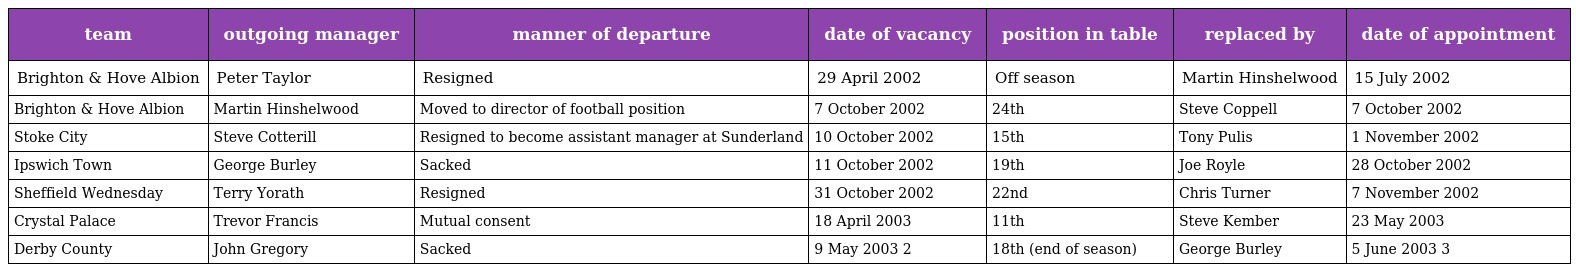
| team | outgoing manager | manner of departure | date of vacancy | position in table | replaced by | date of appointment |
 | --- | --- | --- | --- | --- | --- | --- |
 | Brighton & Hove Albion | Peter Taylor | Resigned | 29 April 2002 | Off season | Martin Hinshelwood | 15 July 2002 |
 | Brighton & Hove Albion | Martin Hinshelwood | Moved to director of football position | 7 October 2002 | 24th | Steve Coppell | 7 October 2002 |
 | Stoke City | Steve Cotterill | Resigned to become assistant manager at Sunderland | 10 October 2002 | 15th | Tony Pulis | 1 November 2002 |
 | Ipswich Town | George Burley | Sacked | 11 October 2002 | 19th | Joe Royle | 28 October 2002 |
 | Sheffield Wednesday | Terry Yorath | Resigned | 31 October 2002 | 22nd | Chris Turner | 7 November 2002 |
 | Crystal Palace | Trevor Francis | Mutual consent | 18 April 2003 | 11th | Steve Kember | 23 May 2003 |
 | Derby County | John Gregory | Sacked | 9 May 2003 2 | 18th (end of season) | George Burley | 5 June 2003 3 |